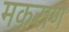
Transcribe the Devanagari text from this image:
मकराण